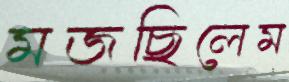
মজছিলেম